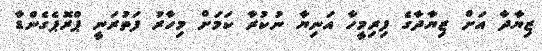
ޒިޔާދާ އަށް ޒިޔާދާގެ ފިރިމީހާ އަނިޔާ ނުކުރާ ކަމަށް މިހާރު ފަތުރަނީ ޕްރޮޕެގެންޑާ